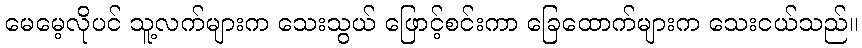
မေမေ့လိုပင် သူ့လက်များက သေးသွယ် ဖြောင့်စင်းကာ ခြေထောက်များက သေးငယ်သည်။